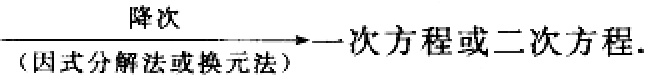
\( \xrightarrow[\text{(因式分解法或换元法)}]{\text{降次}} \text{一次方程或二次方程}. \)